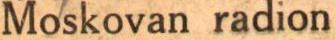
Moskovan radion